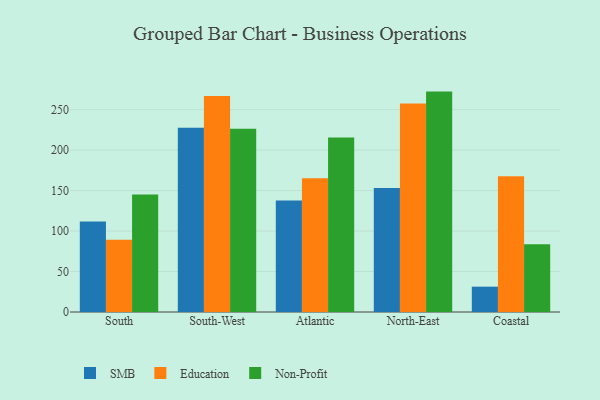
{"axis": {"x": "Region", "y": "Tickets Resolved"}, "legend": ["Education", "Non-Profit", "SMB"], "data": [{"x": "South", "y": 111.8, "type": "SMB"}, {"x": "South", "y": 89.3, "type": "Education"}, {"x": "South", "y": 145.3, "type": "Non-Profit"}, {"x": "South-West", "y": 227.6, "type": "SMB"}, {"x": "South-West", "y": 266.9, "type": "Education"}, {"x": "South-West", "y": 226.4, "type": "Non-Profit"}, {"x": "Atlantic", "y": 137.7, "type": "SMB"}, {"x": "Atlantic", "y": 165.4, "type": "Education"}, {"x": "Atlantic", "y": 215.7, "type": "Non-Profit"}, {"x": "North-East", "y": 153.2, "type": "SMB"}, {"x": "North-East", "y": 257.6, "type": "Education"}, {"x": "North-East", "y": 272.3, "type": "Non-Profit"}, {"x": "Coastal", "y": 31.3, "type": "SMB"}, {"x": "Coastal", "y": 167.8, "type": "Education"}, {"x": "Coastal", "y": 83.6, "type": "Non-Profit"}]}